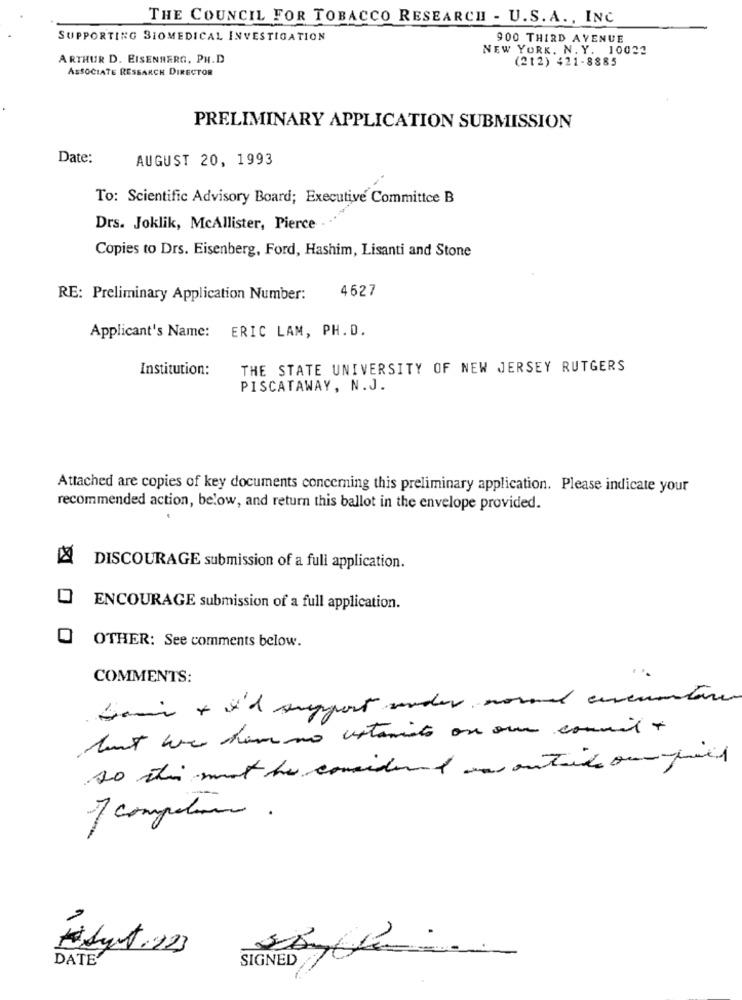
THE COUNCIL FOR TOBACCO RESEARCH - U.S. A ., INC
SUPPORTING BIOMEDICAL INVESTIGATION
900 THIRD AVENUE
NEW YORK. N. Y. 10022
ARTHUR D. EISENBERG, PH.D
(212) 421-8885
ASSOCIATE RESEARCH DIRECTOR
PRELIMINARY APPLICATION SUBMISSION
Date:
AUGUST 20, 1993
To: Scientific Advisory Board; Executive Committee B
Drs. Joklik, McAllister, Pierce
Copies to Drs. Eisenberg, Ford, Hashim, Lisanti and Stone
4627
RE: Preliminary Application Number:
Applicant's Name: ERIC LAM, PH.D.
Institution:
THE STATE UNIVERSITY OF NEW JERSEY RUTGERS
PISCATAWAY, N.J.
Attached are copies of key documents concerning this preliminary application. Please indicate your
recommended action, below, and return this ballot in the envelope provided.
DISCOURAGE submission of a full application.
ENCOURAGE submission of a full application.
O OTHER: See comments below.
COMMENTS:
Sain + i'd support under normal encuentre
but we hemmo untamiento on our commit +
so this not be considered outside ou piel
1 computer .
Fidget . 223
DATE'
SIGNED